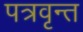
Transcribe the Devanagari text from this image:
पत्रवृन्त